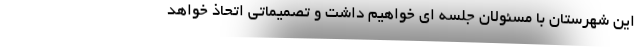
این شهرستان با مسئولان جلسه ای خواهیم داشت و تصمیماتی اتحاذ خواهد